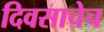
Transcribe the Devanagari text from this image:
दिवसाचेच